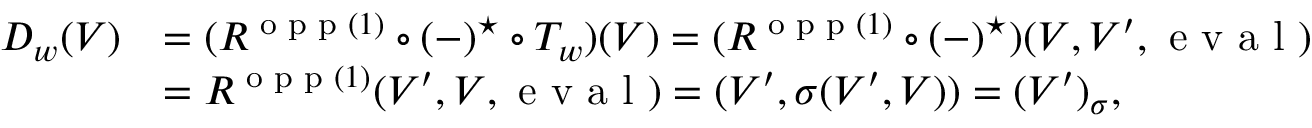
\begin{array} { r l } { D _ { w } ( V ) } & { = ( R ^ { \textnormal { o p p } ( 1 ) } \circ ( - ) ^ { \star } \circ T _ { w } ) ( V ) = ( R ^ { \textnormal { o p p } ( 1 ) } \circ ( - ) ^ { \star } ) ( V , V ^ { \prime } , \textnormal { e v a l } ) } \\ & { = R ^ { \textnormal { o p p } ( 1 ) } ( V ^ { \prime } , V , \textnormal { e v a l } ) = ( V ^ { \prime } , \sigma ( V ^ { \prime } , V ) ) = ( V ^ { \prime } ) _ { \sigma } , } \end{array}